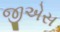
જીએસ